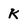
Character: K